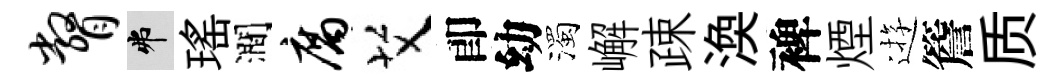
瞥弗瑤澗腐艾卽幼濁嶰疎渙裨煙逰簷质